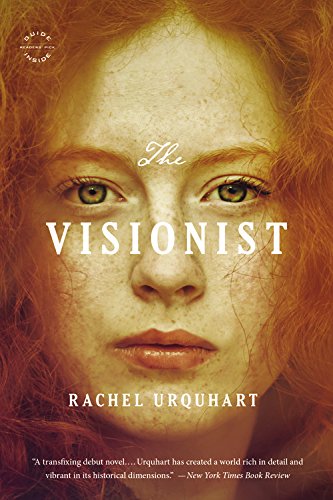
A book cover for The Visionist: A Novel; Rachel Urquhart; Religion & Spirituality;